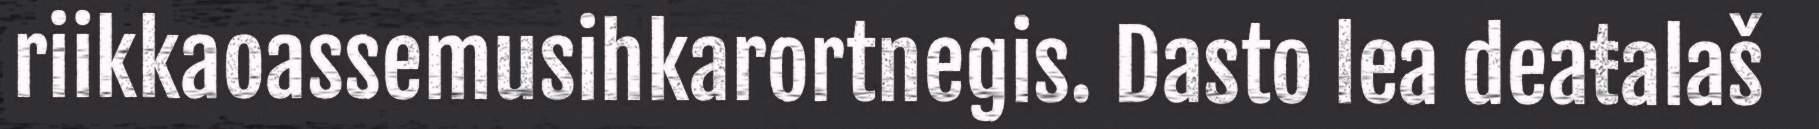
riikkaoassemusihkarortnegis. Dasto lea deaŧalaš